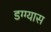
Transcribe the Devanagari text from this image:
डग्ग्यास